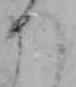
つ